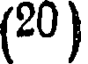
(20 )